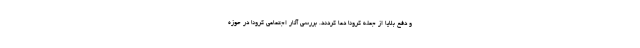
و دفع بلایا از جمله کرونا دعا کردند. بررسی آثار اجتماعی کرونا در حوزه